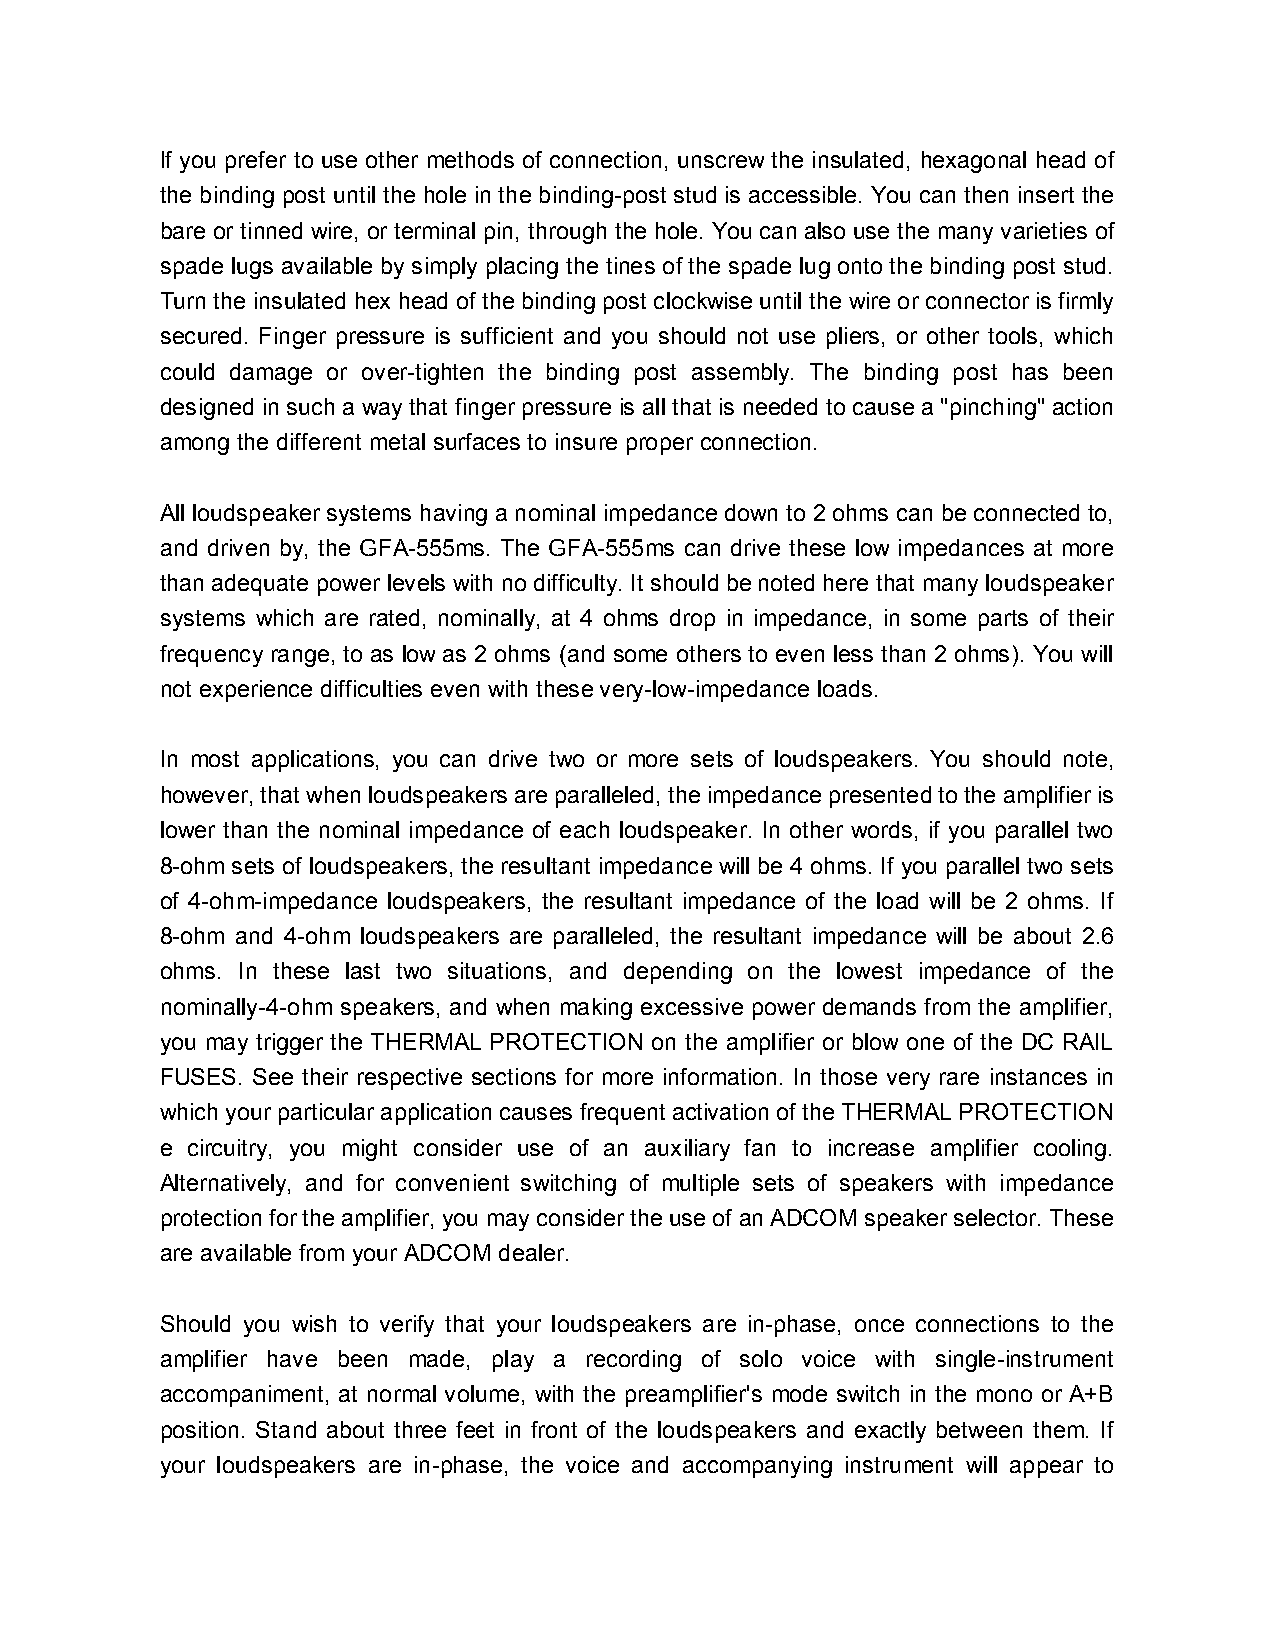
If you prefer to use other methods of connection, unscrew the insulated, hexagonal head of
 the binding post until the hole in the binding-post stud is accessible. You can then insert the
 bare or tinned wire, or terminal pin, through the hole. You can also use the many varieties of
 spade lugs available by simply placing the tines of the spade lug onto the binding post stud.
 Turn the insulated hex head of the binding post clockwise until the wire or connector is firmly
 secured. Finger pressure is sufficient and you should not use pliers, or other tools, which
 could damage or over-tighten the binding post assembly. The binding post has been
 designed in such a way that finger pressure is all that is needed to cause a "pinching" action
 among the different metal surfaces to insure proper connection.
 All loudspeaker systems having a nominal impedance down to 2 ohms can be connected to,
 and driven by, the GFA-555ms. The GFA-555ms can drive these low impedances at more
 than adequate power levels with no difficulty. It should be noted here that many loudspeaker
 systems which are rated, nominally, at 4 ohms drop in impedance, in some parts of their
 frequency range, to as low as 2 ohms (and some others to even less than 2 ohms). You will
 not experience difficulties even with these very-low-impedance loads.
 In most applications, you can drive two or more sets of loudspeakers. You should note,
 however, that when loudspeakers are paralleled, the impedance presented to the amplifier is
 lower than the nominal impedance of each loudspeaker. In other words, if you parallel two
 8-ohm sets of loudspeakers, the resultant impedance will be 4 ohms. If you parallel two sets
 of 4-ohm-impedance loudspeakers, the resultant impedance of the load will be 2 ohms. If
 8-ohm and 4-ohm loudspeakers are paralleled, the resultant impedance will be about 2.6
 ohms. In these last two situations, and depending on the lowest impedance of the
 nominally-4-ohm speakers, and when making excessive power demands from the amplifier,
 you may trigger the THERMAL PROTECTION on the amplifier or blow one of the DC RAIL
 FUSES. See their respective sections for more information. In those very rare instances in
 which your particular application causes frequent activation of the THERMAL PROTECTION
 e circuitry, you might consider use of an auxiliary fan to increase amplifier cooling.
 Alternatively, and for convenient switching of multiple sets of speakers with impedance
 protection for the amplifier, you may consider the use of an ADCOM speaker selector. These
 are available from your ADCOM dealer.
 Should you wish to verify that your loudspeakers are in-phase, once connections to the
 amplifier have been made, play a recording of solo voice with single-instrument
 accompaniment, at normal volume, with the preamplifier's mode switch in the mono or A+B
 position. Stand about three feet in front of the loudspeakers and exactly between them. If
 your loudspeakers are in-phase, the voice and accompanying instrument will appear to